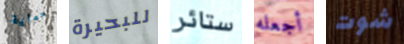
حماية للبحيرة ستائر أجعله شوت